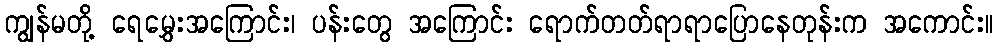
ကျွန်မတို့ ရေမွှေးအကြောင်း၊ ပန်းတွေ အကြောင်း ရောက်တတ်ရာရာပြောနေတုန်းက အကောင်း။